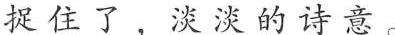
捉住了，淡淡的诗意